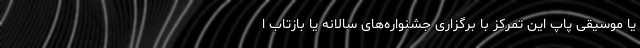
یا موسیقی پاپ این تمرکز با برگزاری جشنواره‌های سالانه یا بازتاب ا